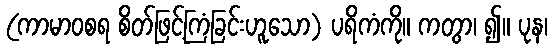
(ကာမာဝစရ စိတ်ဖြင့်ကြံခြင်းဟူသော) ပရိကံကို။ ကတွာ၊ ၍။ ပုန၊